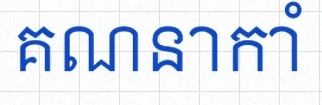
គណនាកាំ